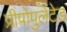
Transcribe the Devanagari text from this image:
प्रीपोपुलेटेड